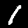
Digit: 1